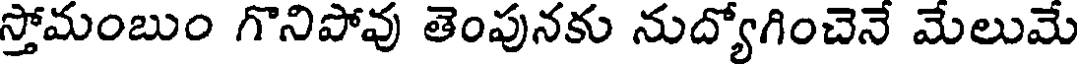
స్తోమంబుం గొనిపోవు తెంపునకు నుద్యోగించెనే మేలుమే